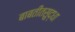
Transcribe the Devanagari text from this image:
बाबतीतसुद्धा